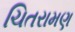
ચિતરામણ